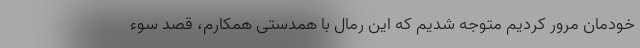
خودمان مرور کردیم متوجه شدیم که این رمال با همدستی همکارم، قصد سوء